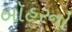
બૉહરનો